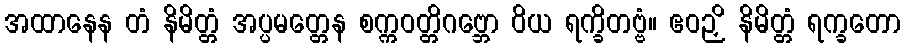
အထာနေန တံ နိမိတ္တံ အပ္ပမတ္တေန စက္ကဝတ္တိဂဗ္ဘော ဝိယ ရက္ခိတဗ္ဗံ။ ဧဝဉှိ နိမိတ္တံ ရက္ခတော